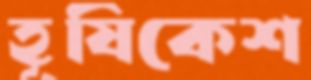
হূষিকেশ